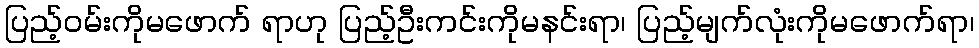
ပြည့်ဝမ်းကိုမဖောက် ရာဟု ပြည့်ဦးကင်းကိုမနင်းရာ၊ ပြည့်မျက်လုံးကိုမဖောက်ရာ၊